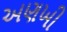
અણખી